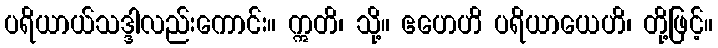
ပရိယာယ်သဒ္ဒါလည်းကောင်း။ ဣတိ၊ သို့။ ဧဟေဟိ ပရိယာယေဟိ၊ တို့ဖြင့်။